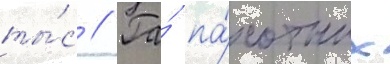
ты́с // Га́ па́хотных